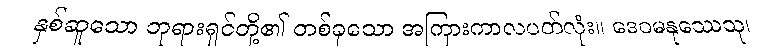
နှစ်ဆူသော ဘုရားရှင်တို့၏ တစ်ခုသော အကြားကာလပတ်လုံး။ ဒေဝမနုဿေသု၊